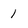
Character: 1